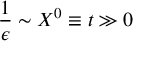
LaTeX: \frac { 1 } { \epsilon } \sim X ^ { 0 } \equiv t \gg 0